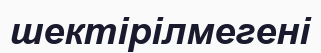
шектірілмегені